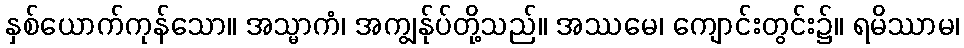
နှစ်ယောက်ကုန်သော။ အသ္မာကံ၊ အကျွန်ုပ်တို့သည်။ အဿမေ၊ ကျောင်းတွင်း၌။ ရမိဿာမ၊